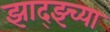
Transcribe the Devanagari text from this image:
झाद्झ्च्या